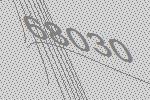
68030